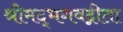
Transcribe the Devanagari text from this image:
श्रीमद्‌भगवद्गीता